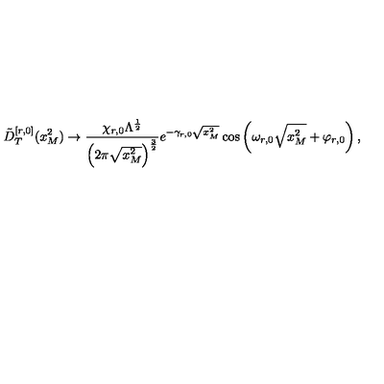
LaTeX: \tilde { D } _ { T } ^ { [ r , 0 ] } ( x _ { M } ^ { 2 } ) \rightarrow \frac { \chi _ { r , 0 } \Lambda ^ { \frac { 1 } { 2 } } } { \left( 2 \pi \sqrt { x _ { M } ^ { 2 } } \right) ^ { \frac { 3 } { 2 } } } e ^ { - \gamma _ { r , 0 } \sqrt { x _ { M } ^ { 2 } } } \cos \left( \omega _ { r , 0 } \sqrt { x _ { M } ^ { 2 } } + \varphi _ { r , 0 } \right) ,